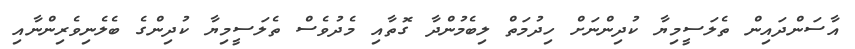
އާސަންދައިން ތެލަސީމިޔާ ކުދިންނަށް ހިދުމަތް ލިބެމުންދާ ގޮތާއި މެދުވެސް ތެލަސީމިޔާ ކުދިންގެ ބެލެނިވެރިންނާއި